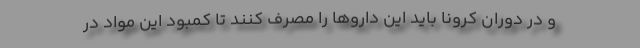
و در دوران کرونا باید این داروها را مصرف کنند تا کمبود این مواد در